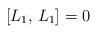
LaTeX: \begin{align*} [L_1, \, L_1] = 0 \end{align*}